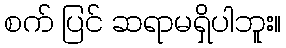
စက် ပြင် ဆရာမရှိပါဘူး။